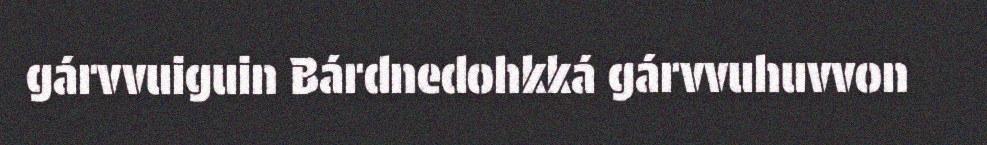
gárvvuiguin Bárdnedohkká gárvvuhuvvon